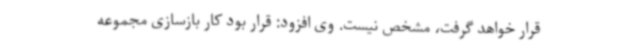
قرار خواهد گرفت، مشخص نیست. وی افزود: قرار بود کار بازسازی مجموعه